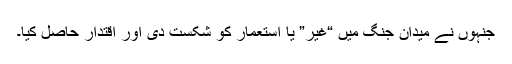
جنہوں نے میدان جنگ میں “غیر” یا استعمار کو شکست دی اور اقتدار حاصل کیا۔